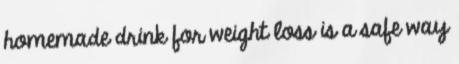
homemade drink for weight loss is a safe way